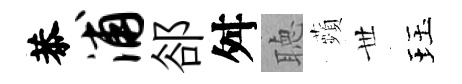
恭浦郤舛聴蘋𠀍珏